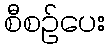
စီစဉ်ပေး